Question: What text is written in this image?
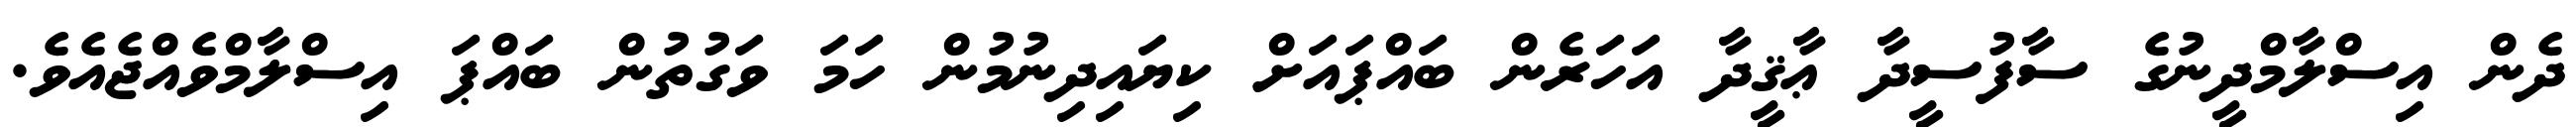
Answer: ދެން އިސްލާމްދީނުގެ ސާފުސީދާ ޢާޤީދާ އަހަރެން ބައްޕައަށް ކިޔައިދިނުމުން ހަމަ ވަގުތުން ބައްޕަ އިސްލާމްވެއްޖެއެވެ.